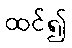
ထင်၍